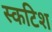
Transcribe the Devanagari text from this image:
स्कटिश